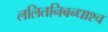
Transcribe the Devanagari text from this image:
ललितनिबन्धाश्च